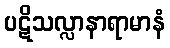
ပဋိသလ္လာနာရာမာနံ